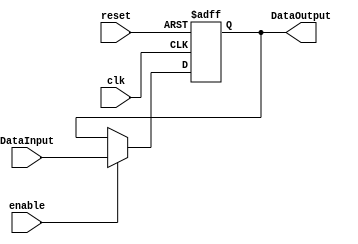
module RegisterPipeline
#(
	parameter N=32,
	parameter Initial=0
)
(
	input clk,
	input enable,
	input reset,
	input  [N-1:0] DataInput,
	
	
	output reg [N-1:0] DataOutput
);

always@(negedge reset or negedge clk) begin	
	if(reset==0)
		DataOutput <= Initial;
	else	
		if(enable==1)
			DataOutput<=DataInput;
end

endmodule